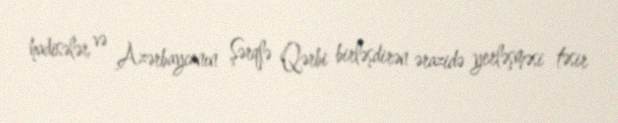
hadisələr və Azərbaycanın Şərqlə Qərbi birləşdirən ərazidə yerləşməsi təsir